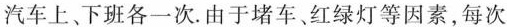
汽车上、下班各一次。由于堵车、红绿灯等因素，每次